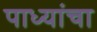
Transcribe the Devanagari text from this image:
पाध्यांचा